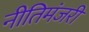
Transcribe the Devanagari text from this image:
नीतिमंजरी